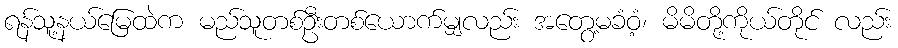
ရန်သူ့နယ်မြေထဲက မည်သူတစ်ဦးတစ်ယောက်မျှလည်း အတွေ့မခံဝံ့၊ မိမိတို့ကိုယ်တိုင် လည်း